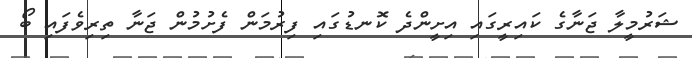
ޝަރުމީލާ ޖަނާގެ ކައިރީގައި އިށީންދެ ކޮނޑުގައި ފިރުމަން ފެށުމުން ޖަނާ ތިރިވެފައި ބޯ